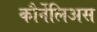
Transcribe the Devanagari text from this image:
कौर्नेलिअस